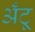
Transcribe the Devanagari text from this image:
अँटू